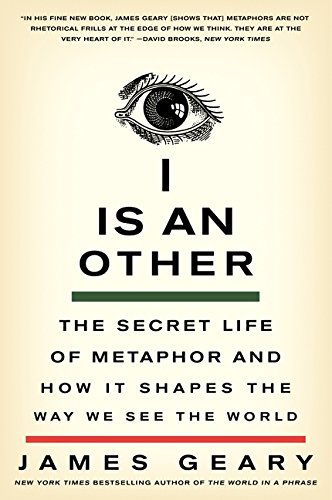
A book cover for I Is an Other: The Secret Life of Metaphor and How It Shapes the Way We See the World; James Geary; Reference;